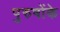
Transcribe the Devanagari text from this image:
पुरुषोंके